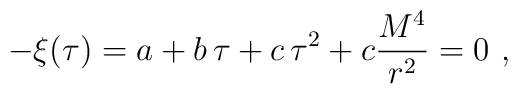
-\xi(\tau)=a+b\,\tau+c\,\tau^2 +c\frac{M^4}{r^2} =0 \ ,